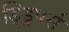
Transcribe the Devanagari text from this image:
ड्ड्रिपर्स